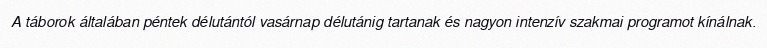
A táborok általában péntek délutántól vasárnap délutánig tartanak és nagyon intenzív szakmai programot kínálnak.